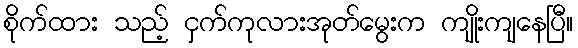
စိုက်ထား သည့် ငှက်ကုလားအုတ်မွေးက ကျိုးကျနေပြီ။